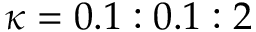
\kappa = 0 . 1 : 0 . 1 : 2